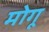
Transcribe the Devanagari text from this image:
मोगू